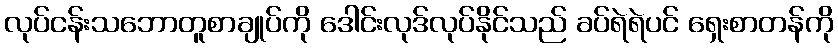
လုပ်ငန်းသဘောတူစာချုပ်ကို ဒေါင်းလုဒ်လုပ်နိုင်သည် ခပ်ရဲရဲပင် ရှေးစာတန်ကို